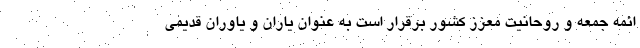
ائمه جمعه و روحانیت معزز کشور برقرار است به عنوان یاران و یاوران قدیمی